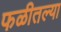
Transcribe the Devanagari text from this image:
फळीतल्या